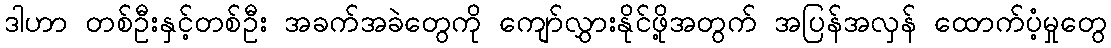
ဒါဟာ တစ်ဦးနှင့်တစ်ဦး အခက်အခဲတွေကို ကျော်လွှားနိုင်ဖို့အတွက် အပြန်အလှန် ထောက်ပံ့မှုတွေ